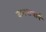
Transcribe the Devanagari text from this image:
वामनाचार्य